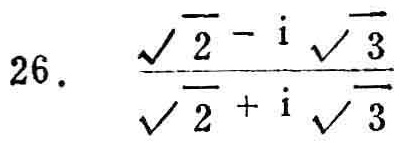
\(\frac{\sqrt{2}-i\sqrt{3}}{\sqrt{2}+i\sqrt{3}}\)